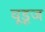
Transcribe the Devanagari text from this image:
वूडूज